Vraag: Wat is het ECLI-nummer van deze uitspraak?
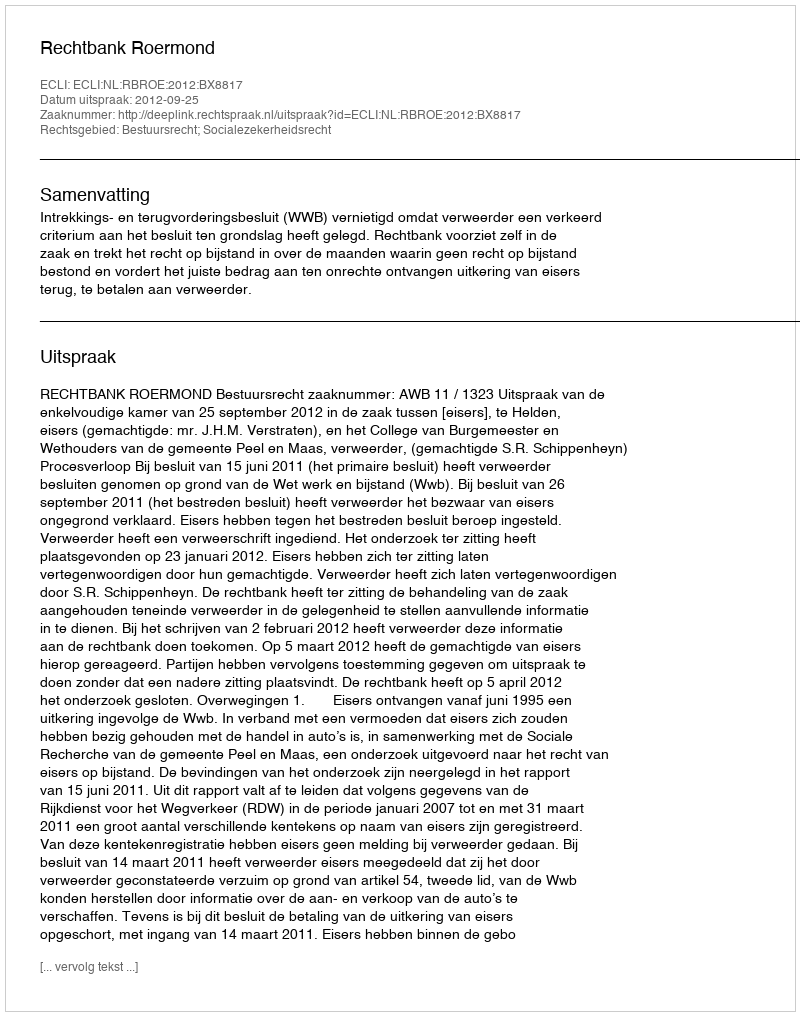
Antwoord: ECLI:NL:RBROE:2012:BX8817